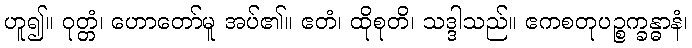
ဟူ၍။ ဝုတ္တံ၊ ဟောတော်မူ အပ်၏။ ဧတံ၊ ထိုစုတိ၊ သဒ္ဒါသည်။ ဧကစတုပဉ္စက္ခန္ဓာနံ၊